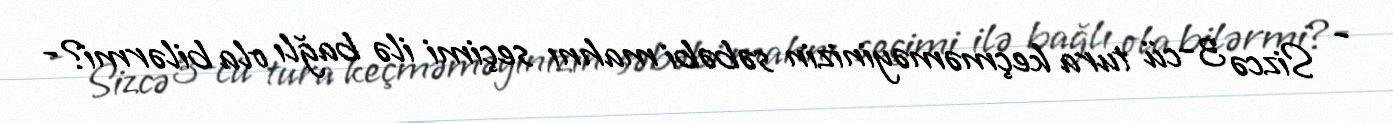
- Sizcə 3-cü tura keçməməyinizin səbəbi mahnı seçimi ilə bağlı ola bilərmi?-